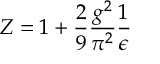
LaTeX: Z = { 1 + \frac { 2 } { 9 } \frac { g ^ { 2 } } { \pi ^ { 2 } } \frac { 1 } { \epsilon } }